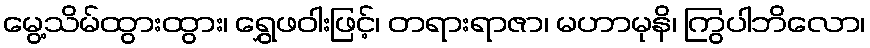
မွေ့သိမ်ထွားထွား၊ ရွှေဖဝါးဖြင့်၊ တရားရာဇာ၊ မဟာမုနိ၊ ကြွပါဘိလော၊